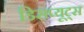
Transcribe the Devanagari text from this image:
डिसप्यूट्स